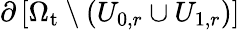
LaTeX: \partial\left[\Omega_{\mathrm{t}}\setminus\left(U_{0,r}\cup U_{1,r}\right)\right]